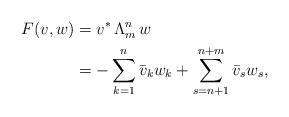
LaTeX: \begin{align*} F(v,w) & = v^* \, \Lambda^n _{m} \, w \\ & = -\sum_{k=1}^{n} \bar{v}_k w_k + \sum_{s=n+1}^{n+m}\bar{v}_s w_s,\end{align*}